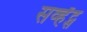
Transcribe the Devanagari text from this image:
सर्व्हंट्स